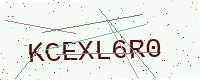
Text: KCEXL6R0